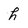
Character: h